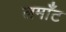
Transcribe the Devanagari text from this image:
लमाँट